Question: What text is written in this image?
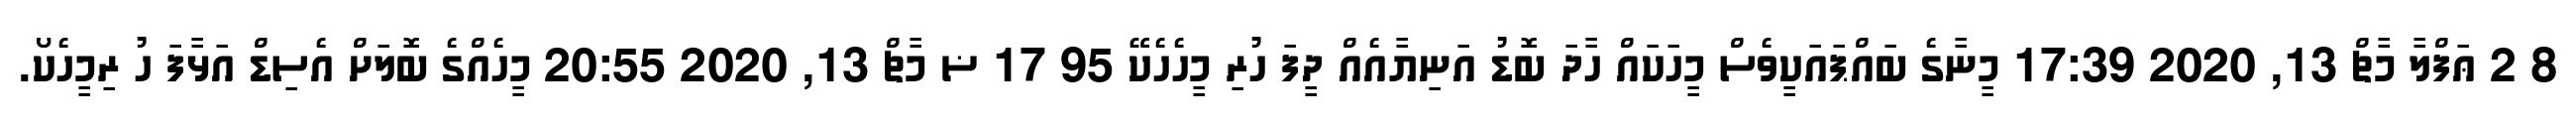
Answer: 8 2 ޢަފްލާ މާޗް 13, 2020 17:39 މީނާގެ ބައްޕައަކީވެސް މީހަކައް ހާދަ ބޮޑު އަނިޔާއެއް ދީފަ ހުރި މީހެހެކޭ 95 17 ޟ މާޗް 13, 2020 20:55 މީހެއްގެ ބޮލަށް އެސިޑް އަޅާފަ ހު ރިމީހެކޯ.